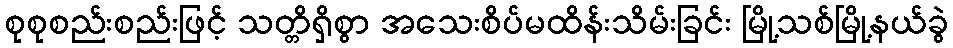
စုစုစည်းစည်းဖြင့် သတ္တိရှိစွာ အသေးစိပ်မထိန်းသိမ်းခြင်း မြို့သစ်မြို့နယ်ခွဲ